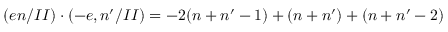
( e n / I I ) \cdot ( - e , n ^ { \prime } / I I ) = - 2 ( n + n ^ { \prime } - 1 ) + ( n + n ^ { \prime } ) + ( n + n ^ { \prime } - 2 )